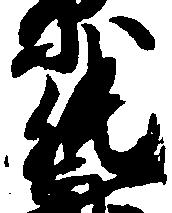
純